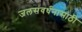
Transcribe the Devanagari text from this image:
जलसंवर्धनासाठी